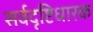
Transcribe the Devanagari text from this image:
सर्वदृष्टिधारक